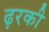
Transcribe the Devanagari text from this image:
ढ़रकी